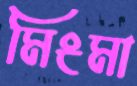
মিংমা